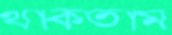
থাকতাম